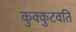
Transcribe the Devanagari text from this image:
कुक्कुटवति